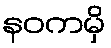
နဝကမှိ